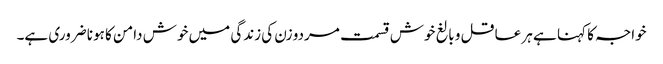
خواجہ کا کہنا ہے ہر عاقل و بالغ خوش قسمت مردو زن کی زندگی میں خوش دامن کا ہونا ضروری ہے۔